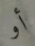
أو